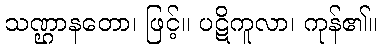
သဏ္ဌာနတော၊ ဖြင့်။ ပဋိကူလာ၊ ကုန်၏။